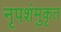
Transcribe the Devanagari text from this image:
नृपशंमुकृत